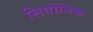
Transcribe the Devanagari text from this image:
सियोनिक